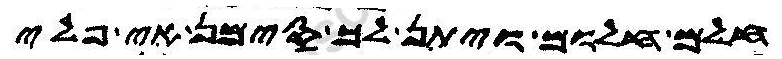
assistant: חלום חלום ויתן לך סימן אי פלי